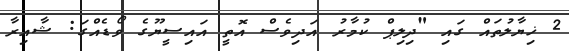
2 ޚިޔާލުތައް ގައި "ދިލިޕް ކުމާރު އަދިވެސް އޮތީ އައިސީޔޫގެ ވޯޑެއްގަ: ޝާއިރާ